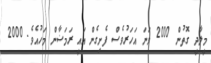
މީލާދީ ގޮތުން 2000 ވަނަ އަހަރުވެސް ފެށިގެން އައީ ރަމަޟާން މަހުއެވެ. 2000